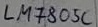
Text: LM805C